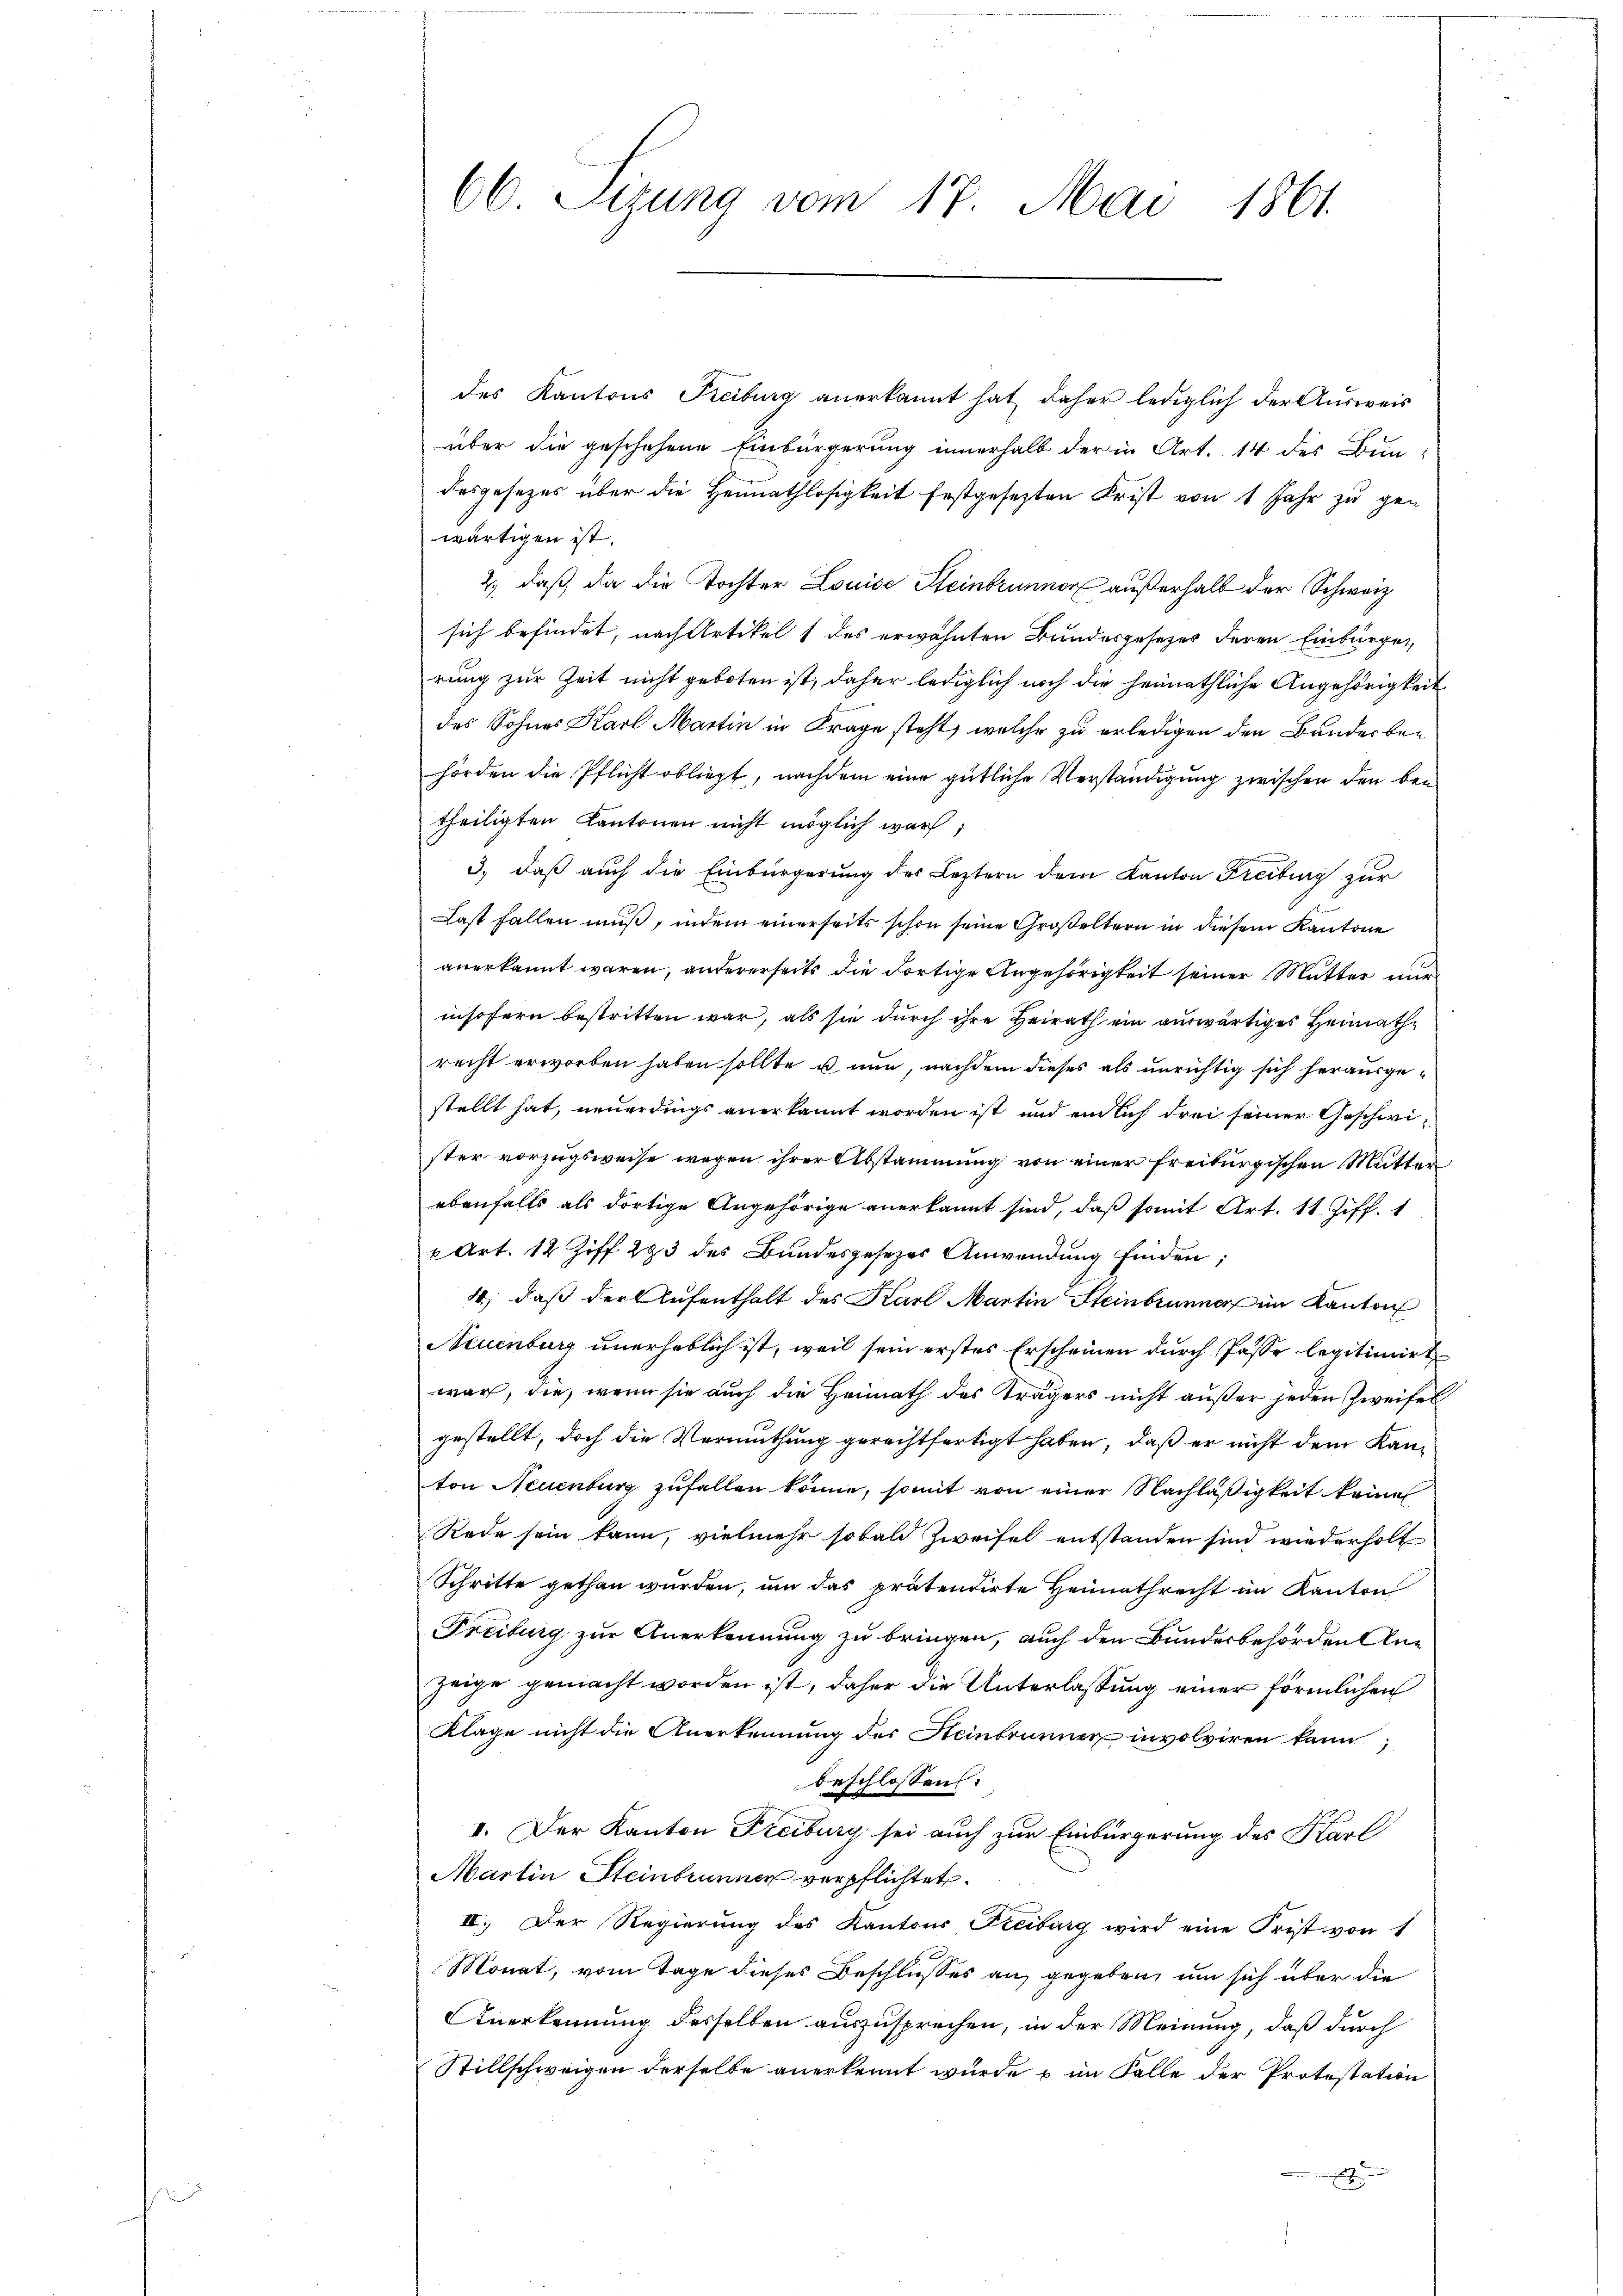
66 Sizung vom 17. Mai 1861.

des Kantons Freiburg anerkannt hat daher lediglich der Ausweis
über die geschehene Einbürgerung innerhalb der in Art. 14 des Bun-
desgesezes über die Heimathlosigkeit festgesezten Frist von 1 Jahr zu gen
wärtigen ist.
2., daß da die Tochter Louise Steinbrunner außerhalb der Schweiz
sich befindet, nach Artikel 1 des erwähnten Bundesgesetzes deren Einbürger,
rung zur Zeit nicht geboten ist, daher lediglich noch die heimathliche Angehörigkeit
des Sohnes Karl Martin in Frage steht, welche zu erledigen den Banderbehörden die Pflicht obliegt, nachdem eine gütliche Verständigung zwischen den bei
theiligten Kantonen nicht möglich war,
3., daß auch die Einbürgerung des Leztern dem Kanton Freiburg zur
Last fallen muß, indem einerseits schon seine Großeltern in diesem Kantone
anerkannt waren, andererseits die dortige Angehörigkeit seiner Mutter nur
insofern bestritten war, als sie durch ihre Heirath ein auswärtiges Heimathrecht erworben haben sollte u nun, nachdem dieses als unrichtig sich herausgestellt hat, neuerdings anerkannt worden ist und einlich drei seiner Geschwister vorzugsweise wegen ihrer Abstammung von einer freiburgischen Mutter,
ebenfalls als dortige Angehörige anerkannt sind, daß somit Art. 11 Ziff. 1
u Art. 12 Ziff. 283 des Bundesgesezes Anwendung finden;
4, daß der Aufenthalt des Karl Martin Steinbrunner im Kanton
Neuenburg unerheblich ist, weil sein erstes Erscheinen durch Pässe legitimirt
war, die, wenn sie auch die Heimath des Trägers nicht außer jeden Zweifel
gestellt, doch die Vermuthung gerechtfertigt haben, daß er nicht dem Kanton Neuenburg zufallen könne, somit von einer Nachläßigkeit keine
Rede sein kann, vielmehr sobald Zweifel entstanden sind wiederholt
Schritte gethan wurden, um das prätendirte Heimathrecht im Kanton
Freiburg zur Anerkennung zu bringen, auch den Bundesbehörden An¬
Zeige gemacht worden ist, daher die Unterlassung einer förmlichen
Klage nicht die Anerkennung des Heinbrunnen involviren kann,
beschlossen:
I. Der Kanton Freiburg sei auch zur Einbürgerung des Karl
Martin Steinbrunnen verpflichtet.
II. Der Regierung des Kantons Freiburg wird eine Frist von 1
Monat, vom Tage dieses Beschlusses an gegeben, um sich über die
Anerkennung desselben auszusprechen, in der Meinung, daß durch
Stillschweigen derselbe anerkennt wurde im Falle der Protestation